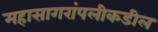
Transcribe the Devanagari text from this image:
महासागरांपलीकडील